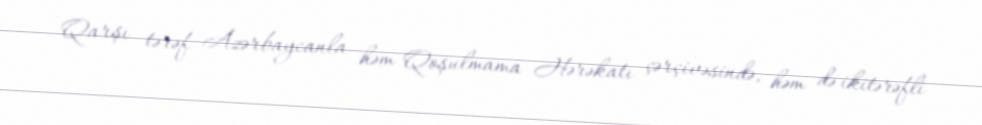
Qarşı tərəf Azərbaycanla həm Qoşulmama Hərəkatı çərçivəsində, həm də ikitərəfli